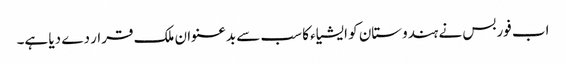
اب فوربس نے ہندوستان کو ایشیاء کا سب سے بدعنوان ملک قرار دے دیا ہے۔